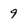
Character: 9